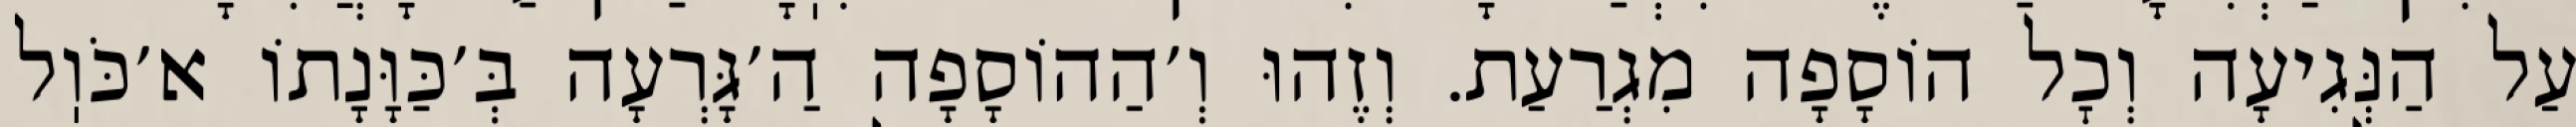
עַל הַנְּגִיעָה וְכׇל הוֹסָפָה מִגְרַעַת. וְזֶהוּ וְ׳הַהוֹסָפָה הַ׳גָּרְעָה בְּ׳כַּוָּנָתוֹ א׳כֹּוֽל